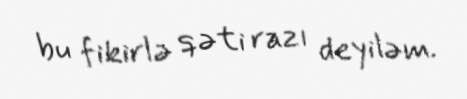
bu fikirlə qəti razı deyiləm.